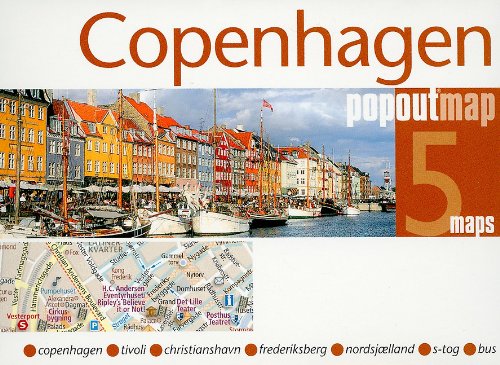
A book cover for Copenhagen popoutmap; Compass Maps  LTD.; Travel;